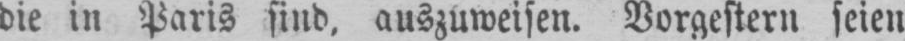
die in Paris sind, auszuweisen. Vorgestern seien